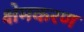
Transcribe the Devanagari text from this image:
क्षेमकरण